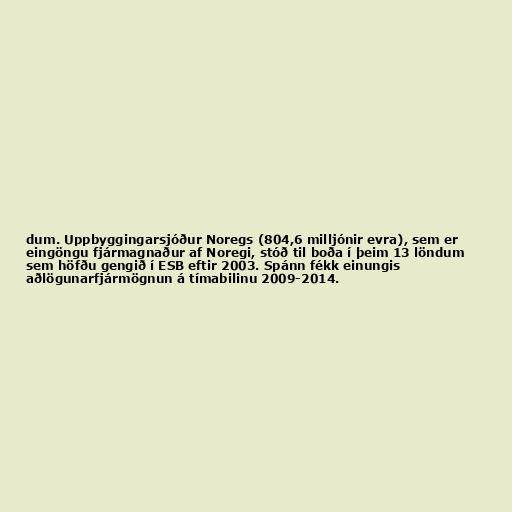
dum. Uppbyggingarsjóður Noregs (804,6 milljónir evra), sem er
eingöngu fjármagnaður af Noregi, stóð til boða í þeim 13 löndum
sem höfðu gengið í ESB eftir 2003. Spánn fékk einungis
aðlögunarfjármögnun á tímabilinu 2009-2014.